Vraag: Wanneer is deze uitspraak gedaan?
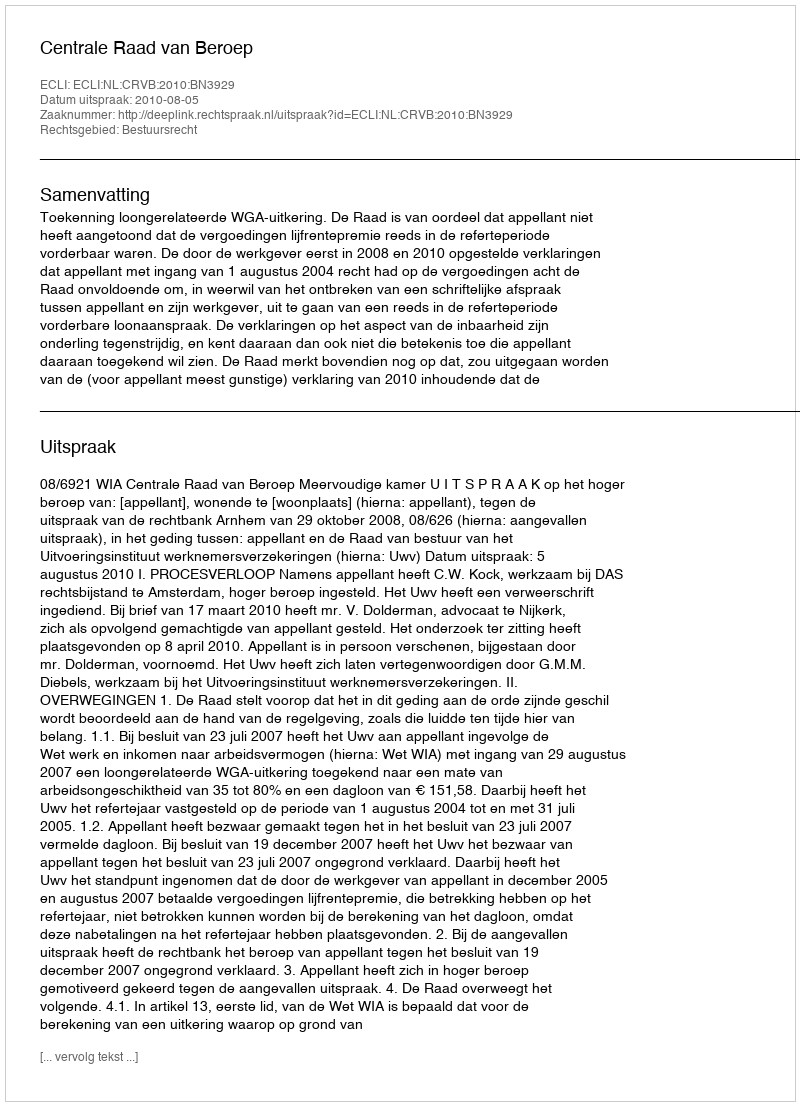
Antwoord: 2010-08-05